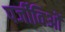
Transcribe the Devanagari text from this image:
पर्जीविओं